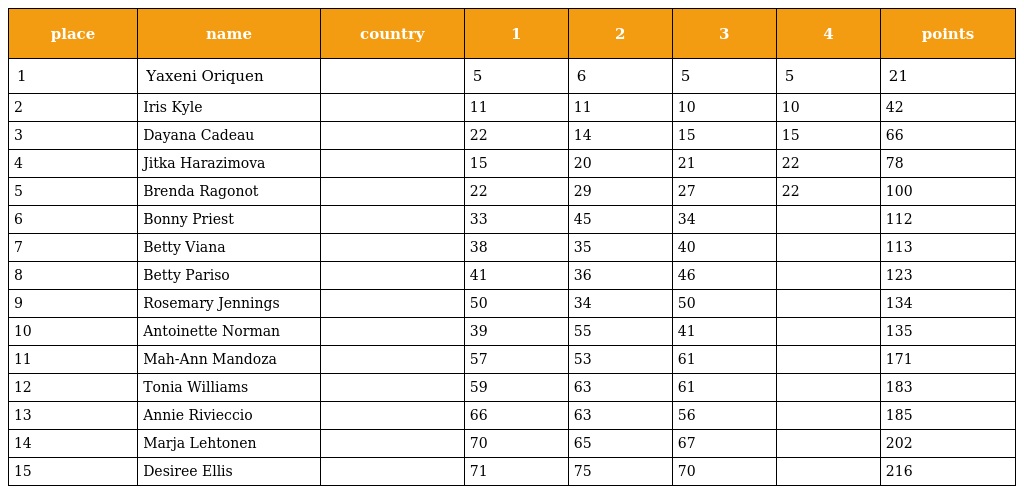
| place | name | country | 1 | 2 | 3 | 4 | points |
 | --- | --- | --- | --- | --- | --- | --- | --- |
 | 1 | Yaxeni Oriquen |  | 5 | 6 | 5 | 5 | 21 |
 | 2 | Iris Kyle |  | 11 | 11 | 10 | 10 | 42 |
 | 3 | Dayana Cadeau |  | 22 | 14 | 15 | 15 | 66 |
 | 4 | Jitka Harazimova |  | 15 | 20 | 21 | 22 | 78 |
 | 5 | Brenda Ragonot |  | 22 | 29 | 27 | 22 | 100 |
 | 6 | Bonny Priest |  | 33 | 45 | 34 |  | 112 |
 | 7 | Betty Viana |  | 38 | 35 | 40 |  | 113 |
 | 8 | Betty Pariso |  | 41 | 36 | 46 |  | 123 |
 | 9 | Rosemary Jennings |  | 50 | 34 | 50 |  | 134 |
 | 10 | Antoinette Norman |  | 39 | 55 | 41 |  | 135 |
 | 11 | Mah-Ann Mandoza |  | 57 | 53 | 61 |  | 171 |
 | 12 | Tonia Williams |  | 59 | 63 | 61 |  | 183 |
 | 13 | Annie Rivieccio |  | 66 | 63 | 56 |  | 185 |
 | 14 | Marja Lehtonen |  | 70 | 65 | 67 |  | 202 |
 | 15 | Desiree Ellis |  | 71 | 75 | 70 |  | 216 |